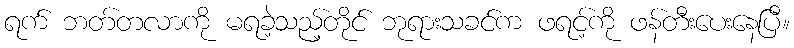
ရက် ဘတ်တလာကို မရခဲ့သည့်တိုင် ဘုရားသခင်က ဖရင့်ကို ဖန်တီးပေးနေပြီ။